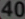
44046